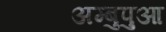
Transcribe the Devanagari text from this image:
अम्बुपुआ